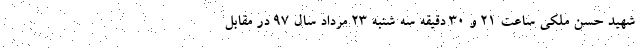
شهید حسن ملکی ساعت ۲۱ و ۳۰ دقیقه سه شنبه ۲۳ مرداد سال ۹۷ در مقابل